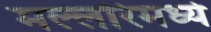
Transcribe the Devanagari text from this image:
मल्लरिमध्ये